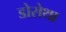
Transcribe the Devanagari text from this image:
डोरोथा